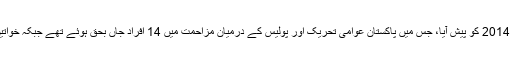
واضح رہے کہ سانحہ ماڈل ٹاؤن 17 جون 2014 کو پیش آیا، جس میں پاکستان عوامی تحریک اور پولیس کے درمیان مزاحمت میں 14 افراد جاں بحق ہوئے تھے جبکہ خواتین سمیت کئی بچے بھی زخمی ہوئے تھے۔